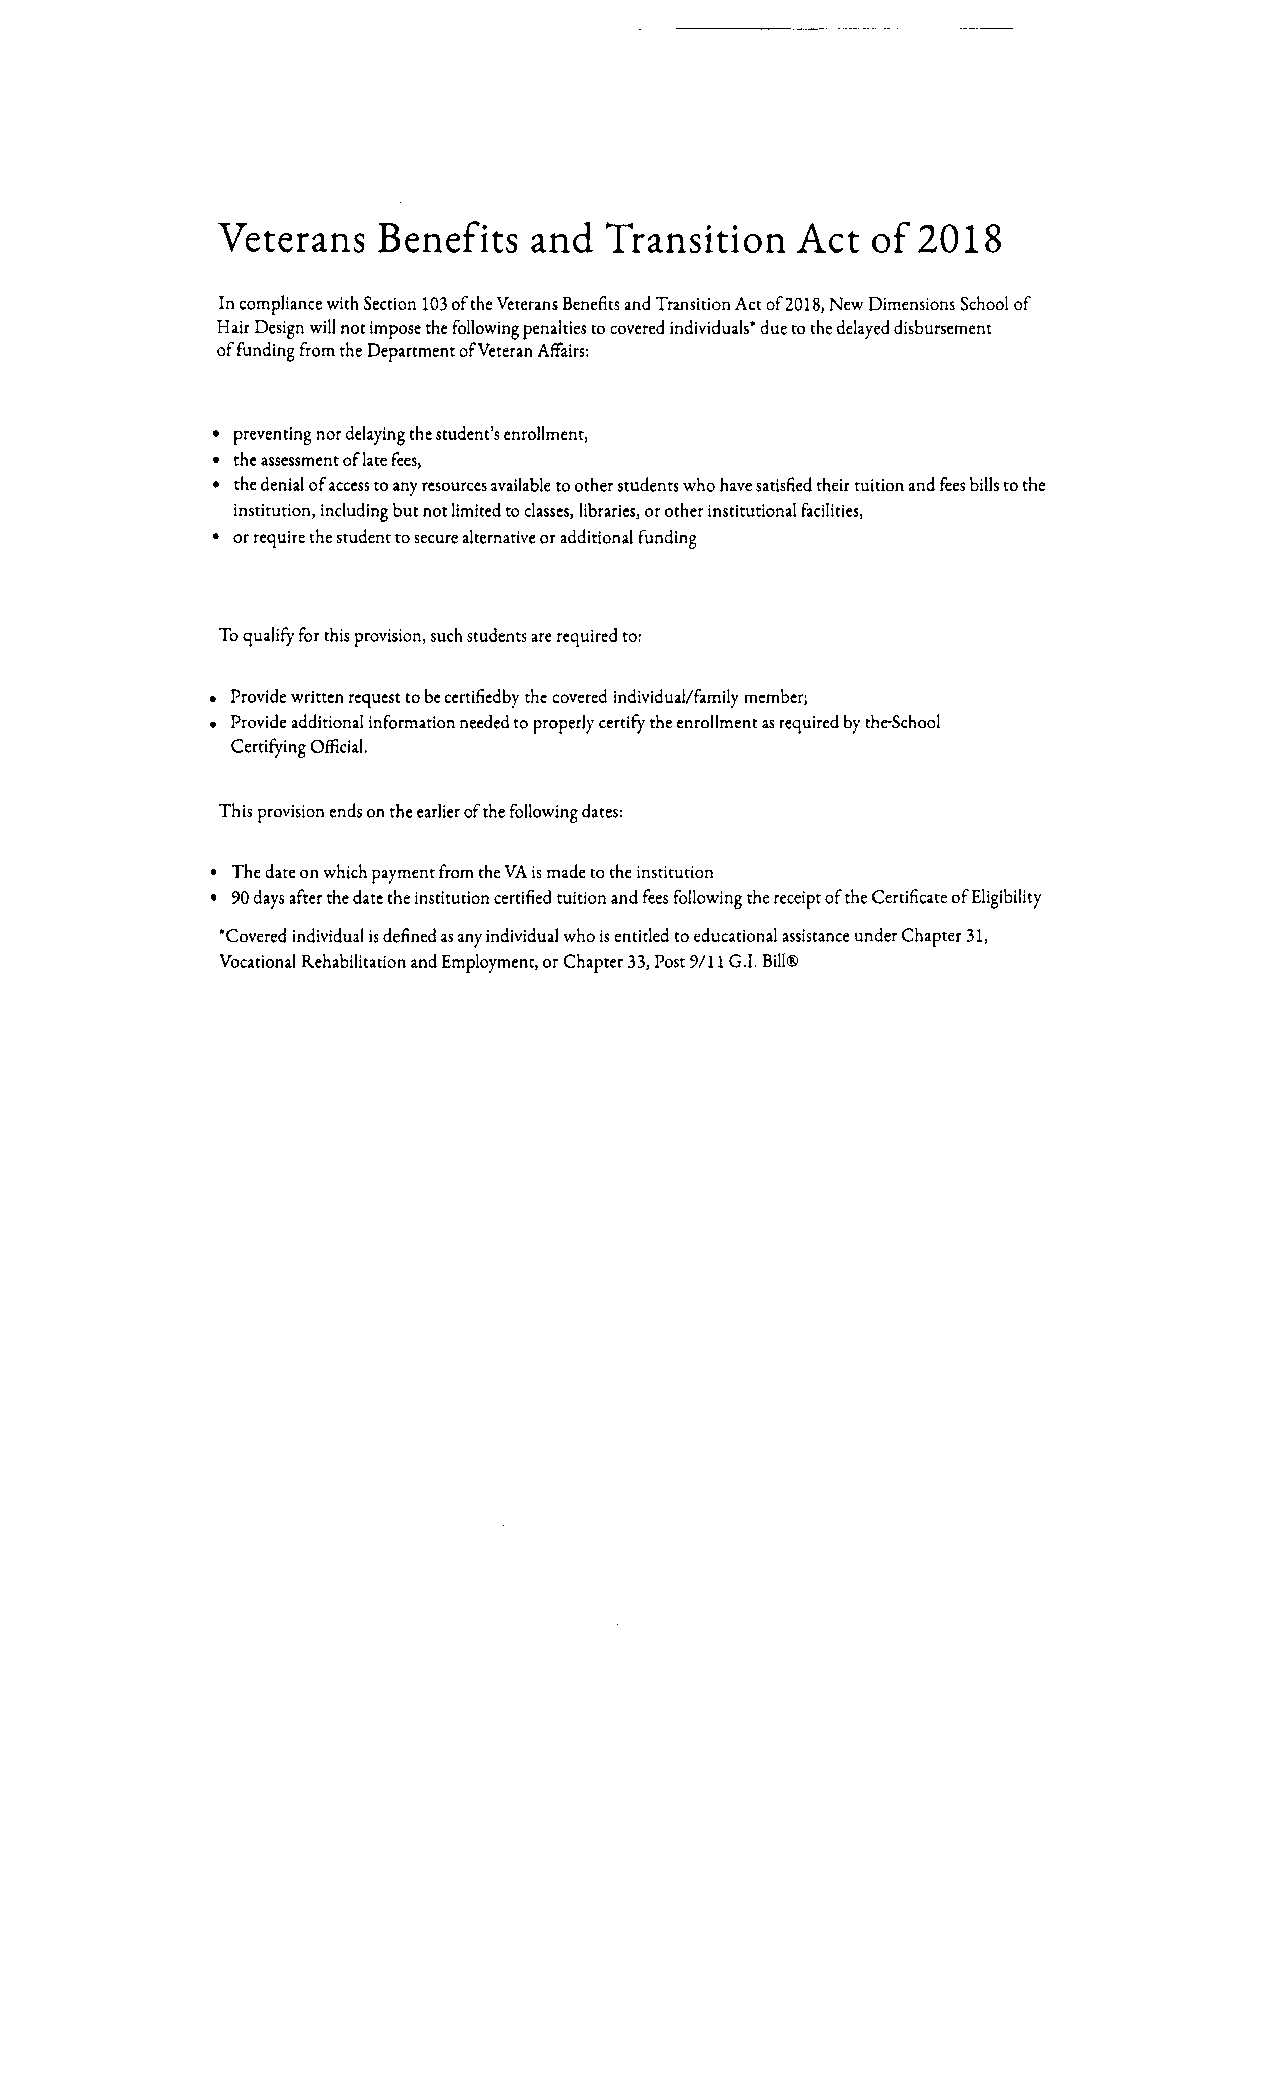
Veterans   Benefits  and  Transition  Act  of  2018
 In compliance with Section 103 of the Veterans Benefits and Transition Act of 2018, New Dimensions School of
 Hair Design will not impose the following penalties to covered individuals* due to the delayed disbursement
 of funding from the Department of Veteran Affairs:
 • preventing nor delaying the student's enrollment,
 • the assessment of late fees,
 • the denial of access to any resources available to other students who have satisfied their tuition and fees bills to the
 institution, including but not limited to classes, libraries, or other institutional facilities,
 • or require the student to secure alternative or additional funding
 To qualify for this provision, such students are required to:
 > Provide written request to be certifiedby the covered individual/family member;
 > Provide additional information needed to properly certify the enrollment as required by the-School
 Certifying Official.
 This provision ends on the earlier of the following dates:
 • The date on which payment from the VA is made to the institution
 • 90 days after the date the institution certified tuition and fees following the receipt of the Certificate of Eligibility
 "Covered individual is defined as any individual who is entitled to educational assistance under Chapter 31,
 Vocational Rehabilitation and Employment, or Chapter 33, Post 9/11 G.I. Bill®